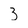
Character: 3